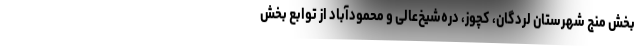
بخش منج شهرستان لردگان، کچوز، دره‌شیخ‌عالی و محمودآباد از توابع بخش